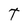
Character: T